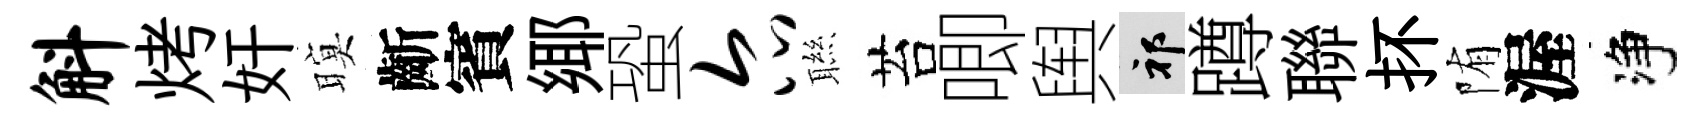
斛烤奸暝齗賓鄊蛩尔聮苔唧舆祁蹲聯抔陏渥净